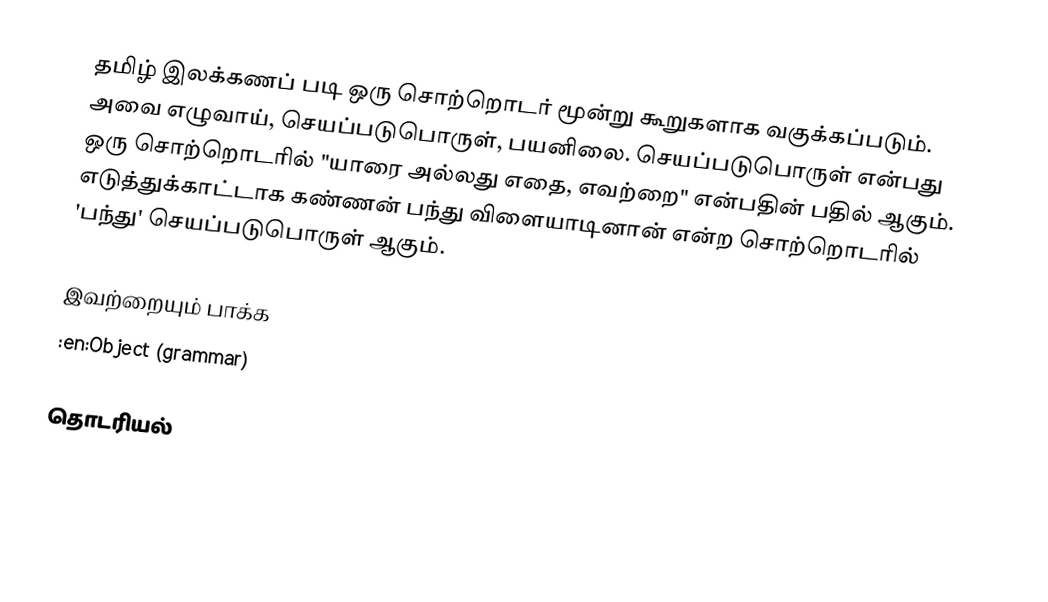
தமிழ் இலக்கணப் படி ஒரு சொற்றொடர் மூன்று கூறுகளாக வகுக்கப்படும்.  அவை எழுவாய், செயப்படுபொருள், பயனிலை.  செயப்படுபொருள் என்பது ஒரு சொற்றொடரில்  "யாரை அல்லது எதை, எவற்றை" என்பதின் பதில் ஆகும்.  எடுத்துக்காட்டாக கண்ணன் பந்து விளையாடினான் என்ற சொற்றொடரில்  'பந்து' செயப்படுபொருள் ஆகும்.

இவற்றையும் பாக்க
 :en:Object (grammar)

தொடரியல்